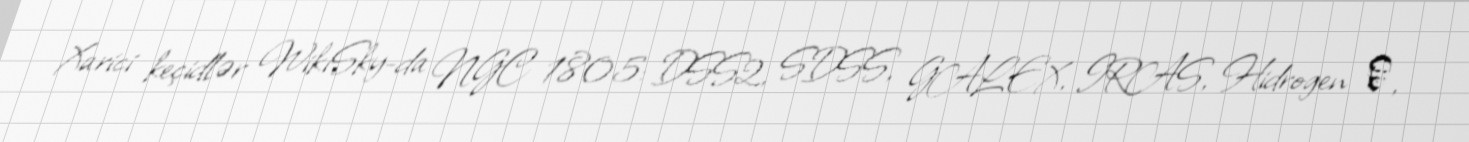
Xarici keçidlər WikiSky-da NGC 1805: DSS2, SDSS, GALEX, IRAS, Hidrogen α,